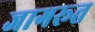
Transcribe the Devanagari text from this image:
जागरूत